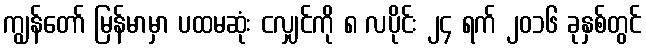
ကျွန်တော် မြန်မာမှာ ပထမဆုံး ငလျှင်ကို ၈ လပိုင်း ၂၄ ရက် ၂၀၁၆ ခုနှစ်တွင်